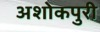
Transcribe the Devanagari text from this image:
अशोकपुरी